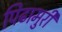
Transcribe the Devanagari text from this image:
पिढामुरी